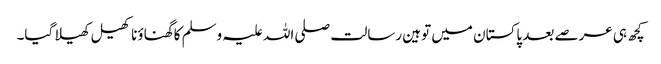
کچھ ہی عرصے بعد پاکستان میں توہین رسالت صلی اللہ علیہ وسلم کا گھناؤنا کھیل کھیلا گیا۔